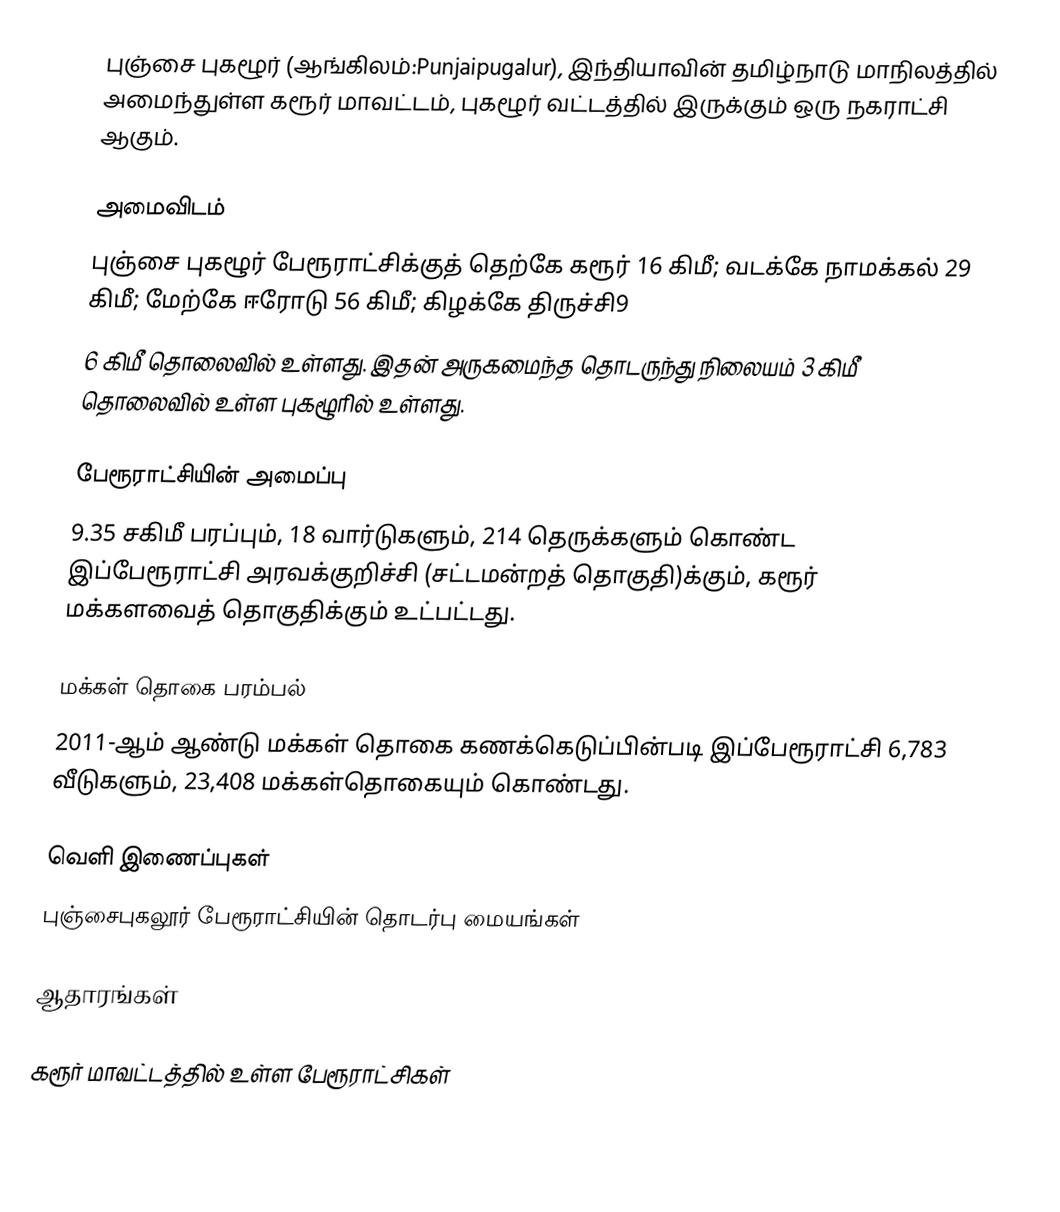
புஞ்சை புகழூர் (ஆங்கிலம்:Punjaipugalur), இந்தியாவின் தமிழ்நாடு மாநிலத்தில் அமைந்துள்ள கரூர் மாவட்டம், புகழூர் வட்டத்தில் இருக்கும் ஒரு நகராட்சி ஆகும்.

அமைவிடம்
புஞ்சை புகழூர் பேரூராட்சிக்குத் தெற்கே கரூர் 16 கிமீ; வடக்கே நாமக்கல் 29 கிமீ; மேற்கே ஈரோடு 56 கிமீ; கிழக்கே திருச்சி9
6 கிமீ தொலைவில் உள்ளது. இதன் அருகமைந்த தொடருந்து நிலையம் 3 கிமீ தொலைவில் உள்ள  புகழூரில் உள்ளது.

பேரூராட்சியின் அமைப்பு
9.35 சகிமீ பரப்பும், 18   வார்டுகளும், 214  தெருக்களும் கொண்ட இப்பேரூராட்சி  அரவக்குறிச்சி (சட்டமன்றத் தொகுதி)க்கும், கரூர் மக்களவைத் தொகுதிக்கும் உட்பட்டது.

மக்கள் தொகை பரம்பல்
2011-ஆம் ஆண்டு மக்கள் தொகை கணக்கெடுப்பின்படி  இப்பேரூராட்சி    6,783  வீடுகளும், 23,408 மக்கள்தொகையும் கொண்டது.

வெளி இணைப்புகள்
 புஞ்சைபுகலூர் பேரூராட்சியின் தொடர்பு மையங்கள்

ஆதாரங்கள்

கரூர் மாவட்டத்தில் உள்ள பேரூராட்சிகள்